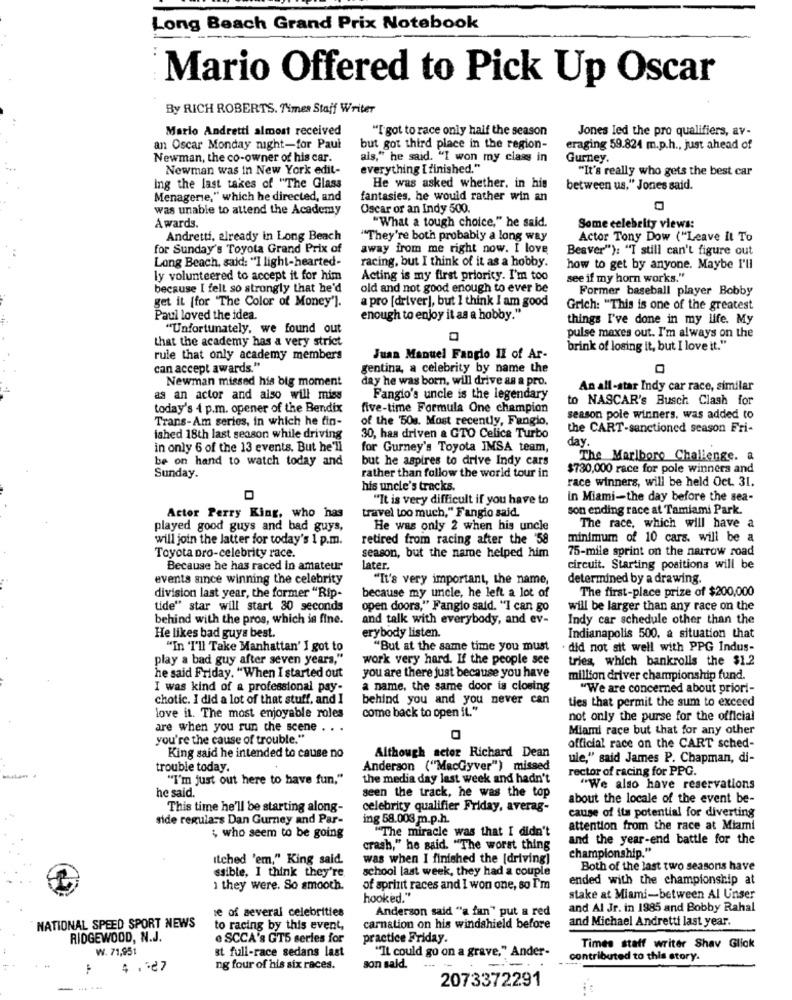
Long Beach Grand Prix Notebook
Mario Offered to Pick Up Oscar
By RICH ROBERTS. Times Staff Writer
Mario Andretti almost received
"I got to race only half the season
Jones led the pro qualifiers, av-
an Oscar Monday night-for Paul
but got third place in the region-
eraging 59.824 m.p.h ., just ahead of
Newman, the co-owner of his car.
ais," he said. "I won my class in
Gurney.
Newman was in New York edit-
everything [ finished."
"It's really who gets the best car
Ing the last takes of "The Glass
He was asked whether. in his
between us," Jones said.
Menagerie," which he directed, and
fantasies, he would rather win an
was unable to attend the Academy
Oscar or an Indy 500.
"What a tough choice," he said.
Awards.
Some celebrity views:
Andretti, already in Long Beach
"They're both probably a long way
Actor Tony Dow ("Leave it To
for Sunday's Toyota Grand Prix of
away from me right now. I love
Beaver"): "I still can't figure out
Long Beach, said: "I light-hearted-
racing, but I think of it as a hobby.
how to get by anyone. Maybe I'll
ly volunteered to accept it for him
Acting is my first priority. I'm too
see if my horn works."
because I felt so strongly that he'd
old and not good enough to ever be
Former baseball player Bobby
get it (for "The Color of Money'].
a pro [driver], but I think I am good
Grich: "This is one of the greatest
Paul loved the idea.
enough to enjoy it as a hobby."
things I've done in my life. My
"Unfortunately, we found out
that the academy has a very strict
pulse maxes out. I'm always on the
brink of losing it, but I love it."
rule that only academy members
Juan Manuel Fangio Il of Ar-
can accept awards."
gentina, a celebrity by name the
Newman missed his big moment
day he was born, will drive as a pro.
An all-star Indy car race, similar
as an actor and also will miss
Fangio's uncle is the legendary
to NASCAR's Busch Clash for
today's 4 p.m. opener of the Bendix
five-time Formula One champion
Trans-Am series, in which he fin-
of the 50g. Most recently, Fangio,
season pole winners, was added to
the CART-sanctioned season Fri-
ished 18th last season while driving
30, has driven & GTO Celica Turbo
in only 6 of the 13 events. But he'll
for Gurney's Toyota IMSA team,
day.
be on hand to watch today and
but he aspires to drive Indy cars
The Marlboro Challenge. a
$730,000 race for pole winners and
Sunday.
rather than follow the world tour in
race winners, will be held Oct. 31.
his uncle's tracks.
"It is very difficult if you have to
in Miami-the day before the sea-
Actor Perry King, who has
travel too much," Fangio said.
son ending race at Tamiami Park.
played good guys and bad guys,
He was only 2 when his uncle
The race, which will have a
will join the latter for today's 1 p.m.
retired from racing after the '58
minimum of 10 cars. will be a
Toyota pro-celebrity race.
75-mile sprint on the narrow road
season, but the name helped him
Because he has raced in amateur
later.
circuit. Starting positions will be
events since winning the celebrity
"It's very important, the name,
determined by a drawing.
division last year, the former "Rip-
The first-place prize of $200,000
because my uncle, he left a lot of
tide" star will start 30 seconds
open doors," Fangio said. "I can go
will be larger than any race on the
behind with the pros, which is fine.
and talk with everybody, and ev-
Indy car schedule other than the
He likes bad guys best.
erybody listen.
Indianapolis 500, a situation that
"In "I'll Take Manhattan' I got to
"But at the same time you must
. did not sit well with PPG Indus-
play a bad guy after seven years,"
work very hard. If the people see
tries, which bankrolls the $1.2
he said Friday. "When I started out
you are there just because you have
million driver championship fund.
I was kind of a professional pay-
a name, the same door is closing
"We are concerned about priori-
chotic. I did a lot of that stuff, and I
behind you and you never can
ties that permit the sum to exceed
love it. The most enjoyable roles
come back to open it."
not only the purse for the official
are when you run the scene . . .
Miami race but that for any other
you're the cause of trouble."
official race on the CART sched-
King said he intended to cause no
Although setor Richard Dean
ule," said James P. Chapman, di-
trouble today.
Anderson ("MacGyver") missed
rector of racing for PPG.
"I'm just out here to have fun,"
the media day last week and hadn't
he said.
"We also have reservations
seen the track, he was the top
about the locale of the event be-
This time he'll be starting along-
celebrity qualifier Friday, averag-
cause of its potential for diverting
side regulars Dan Gurney and Par-
ing 58.003 m.p.h.
"The miracle was that I didn't
attention from the race at Miami
; who seem to be going
and the year-end battle for the
crash," he said. "The worst thing
championship."
Itched 'em," King said.
was when I finished the [driving]
ssible, I think they're
school last week, they had a couple
Both of the last two seasons have
ended with the championship at
1 they were. So smooth.
of sprinit races and I won one, so I'm
hooked."
stake at Miami-between Al Unser
se of several celebrities
Anderson said "a fan" put a red
and Al Jr. in 1985 and Bobby Rahal
and Michael Andretti last year.
NATIONAL SPEED SPORT NEWS
to racing by this event,
carnation on his windshield before
RIDGEWOOD, N.J.
e SCCA's GTS series for
practice Friday.
W. 71,951
st full-race sedans last
"It could go on a grave," Ander-
Times staff writer Shav Glick
contributed to this story.
:
4 .* 27
ng four of his six races.
son sald.
2073372291